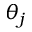
\theta _ { j }